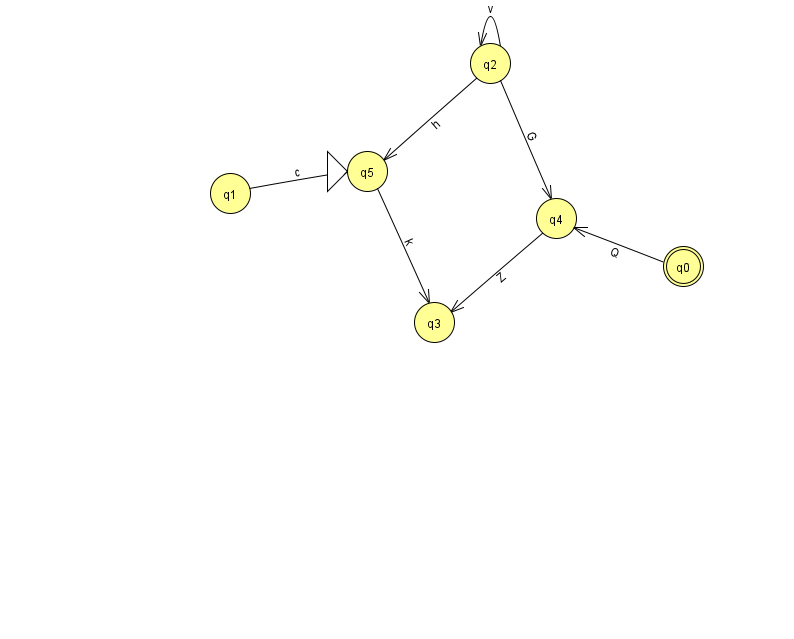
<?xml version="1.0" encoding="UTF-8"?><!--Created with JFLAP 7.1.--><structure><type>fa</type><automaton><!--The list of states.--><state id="0" name="q0"><x>683.0</x><y>253.0</y><final/></state><state id="1" name="q1"><x>230.0</x><y>180.0</y></state><state id="2" name="q2"><x>490.0</x><y>50.0</y></state><state id="3" name="q3"><x>434.0</x><y>309.0</y></state><state id="4" name="q4"><x>556.0</x><y>205.0</y></state><state id="5" name="q5"><x>367.0</x><y>158.0</y><initial/></state><!--The list of transitions.--><transition><from>2</from><to>5</to><read>h</read></transition><transition><from>0</from><to>4</to><read>Q</read></transition><transition><from>4</from><to>3</to><read>Z</read></transition><transition><from>2</from><to>2</to><read>v</read></transition><transition><from>5</from><to>3</to><read>k</read></transition><transition><from>1</from><to>5</to><read>c</read></transition><transition><from>2</from><to>4</to><read>G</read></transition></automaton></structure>